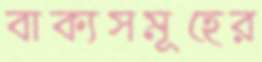
বাক্যসমূহের